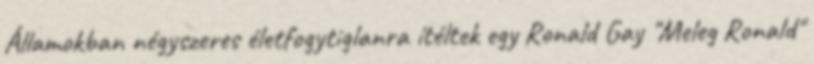
Államokban négyszeres életfogytiglanra ítéltek egy Ronald Gay "Meleg Ronald"